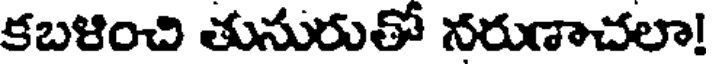
కబళించి తునురుతో నరుణాచలా!